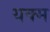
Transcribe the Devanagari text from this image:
यक्म